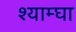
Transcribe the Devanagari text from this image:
श्याम्घा